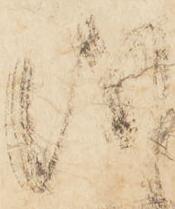
儀